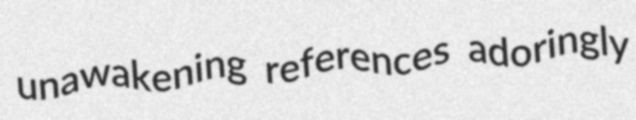
unawakening references adoringly